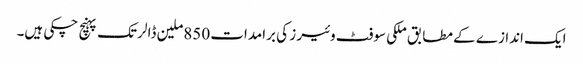
ایک اندازے کے مطابق ملکی سوفٹ وئیر ز کی برامدات 850ملین ڈالر تک پہنچ چکی ہیں۔